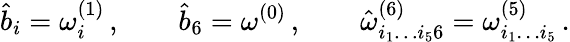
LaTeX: {\hat{b}}_{i}=\omega_{i}^{(1)}\, ,\qquad{\hat{b}}_{6}=\omega^{(0)}\, ,\qquad{\hat{\omega}}_{i_{1}\dots i_{5}6}^{(6)}=\omega_{i_{1}\dots i_{5}}^{(5)}\, .